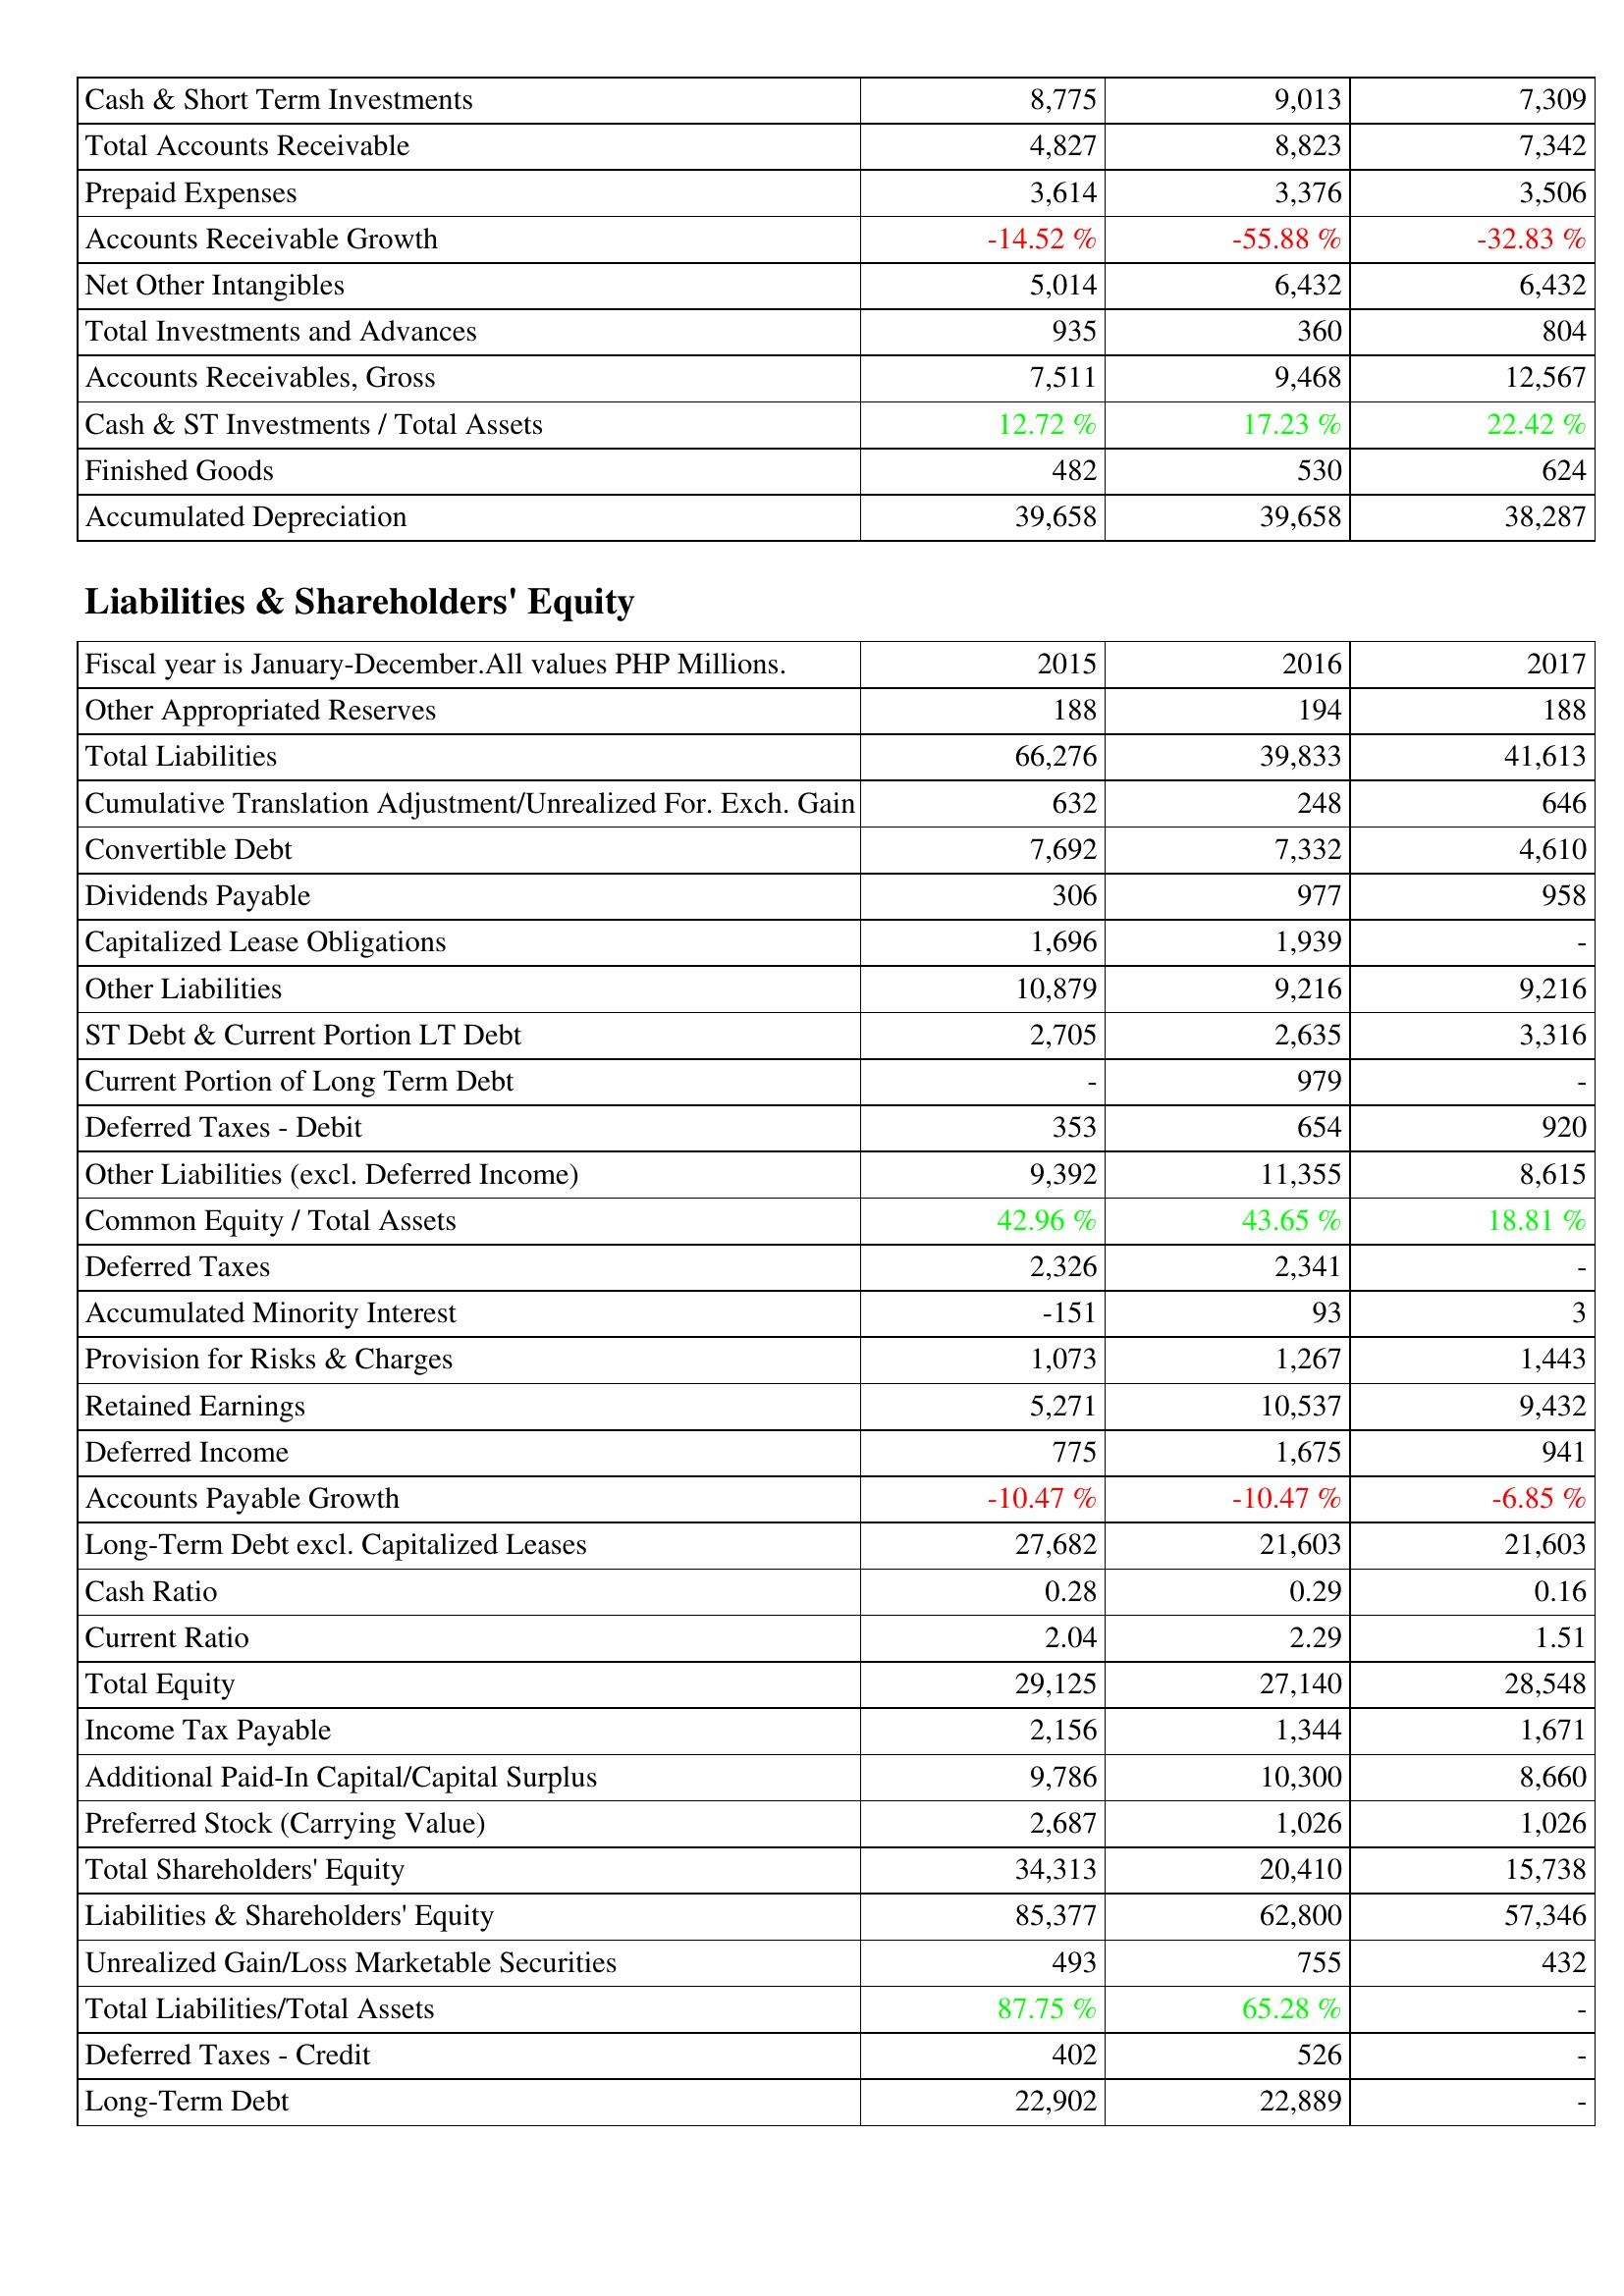
2015: Assets: Cash & Short Term Investments: 8,775
Total Accounts Receivable: 4,827
Prepaid Expenses: 3,614
Accounts Receivable Growth: -14.52 %
Net Other Intangibles: 5,014
Total Investments and Advances: 935
Accounts Receivables, Gross: 7,511
Cash & ST Investments / Total Assets: 12.72 %
Finished Goods: 482
Accumulated Depreciation: 39,658
Liabilities & Shareholders' Equity: Other Appropriated Reserves: 188
Total Liabilities: 66,276
Cumulative Translation Adjustment/Unrealized For. Exch. Gain: 632
Convertible Debt: 7,692
Dividends Payable: 306
Capitalized Lease Obligations: 1,696
Other Liabilities: 10,879
ST Debt & Current Portion LT Debt: 2,705
Current Portion of Long Term Debt: -
Deferred Taxes - Debit: 353
Other Liabilities (excl. Deferred Income): 9,392
Common Equity / Total Assets: 42.96 %
Deferred Taxes: 2,326
Accumulated Minority Interest: -151
Provision for Risks & Charges: 1,073
Retained Earnings: 5,271
Deferred Income: 775
Accounts Payable Growth: -10.47 %
Long-Term Debt excl. Capitalized Leases: 27,682
Cash Ratio: 0.28
Current Ratio: 2.04
Total Equity: 29,125
Income Tax Payable: 2,156
Additional Paid-In Capital/Capital Surplus: 9,786
Preferred Stock (Carrying Value): 2,687
Total Shareholders' Equity: 34,313
Liabilities & Shareholders' Equity: 85,377
Unrealized Gain/Loss Marketable Securities: 493
Total Liabilities/Total Assets: 87.75 %
Deferred Taxes - Credit: 402
Long-Term Debt: 22,902
2016: Assets: Cash & Short Term Investments: 9,013
Total Accounts Receivable: 8,823
Prepaid Expenses: 3,376
Accounts Receivable Growth: -55.88 %
Net Other Intangibles: 6,432
Total Investments and Advances: 360
Accounts Receivables, Gross: 9,468
Cash & ST Investments / Total Assets: 17.23 %
Finished Goods: 530
Accumulated Depreciation: 39,658
Liabilities & Shareholders' Equity: Other Appropriated Reserves: 194
Total Liabilities: 39,833
Cumulative Translation Adjustment/Unrealized For. Exch. Gain: 248
Convertible Debt: 7,332
Dividends Payable: 977
Capitalized Lease Obligations: 1,939
Other Liabilities: 9,216
ST Debt & Current Portion LT Debt: 2,635
Current Portion of Long Term Debt: 979
Deferred Taxes - Debit: 654
Other Liabilities (excl. Deferred Income): 11,355
Common Equity / Total Assets: 43.65 %
Deferred Taxes: 2,341
Accumulated Minority Interest: 93
Provision for Risks & Charges: 1,267
Retained Earnings: 10,537
Deferred Income: 1,675
Accounts Payable Growth: -10.47 %
Long-Term Debt excl. Capitalized Leases: 21,603
Cash Ratio: 0.29
Current Ratio: 2.29
Total Equity: 27,140
Income Tax Payable: 1,344
Additional Paid-In Capital/Capital Surplus: 10,300
Preferred Stock (Carrying Value): 1,026
Total Shareholders' Equity: 20,410
Liabilities & Shareholders' Equity: 62,800
Unrealized Gain/Loss Marketable Securities: 755
Total Liabilities/Total Assets: 65.28 %
Deferred Taxes - Credit: 526
Long-Term Debt: 22,889
2017: Assets: Cash & Short Term Investments: 7,309
Total Accounts Receivable: 7,342
Prepaid Expenses: 3,506
Accounts Receivable Growth: -32.83 %
Net Other Intangibles: 6,432
Total Investments and Advances: 804
Accounts Receivables, Gross: 12,567
Cash & ST Investments / Total Assets: 22.42 %
Finished Goods: 624
Accumulated Depreciation: 38,287
Liabilities & Shareholders' Equity: Other Appropriated Reserves: 188
Total Liabilities: 41,613
Cumulative Translation Adjustment/Unrealized For. Exch. Gain: 646
Convertible Debt: 4,610
Dividends Payable: 958
Capitalized Lease Obligations: -
Other Liabilities: 9,216
ST Debt & Current Portion LT Debt: 3,316
Current Portion of Long Term Debt: -
Deferred Taxes - Debit: 920
Other Liabilities (excl. Deferred Income): 8,615
Common Equity / Total Assets: 18.81 %
Deferred Taxes: -
Accumulated Minority Interest: 3
Provision for Risks & Charges: 1,443
Retained Earnings: 9,432
Deferred Income: 941
Accounts Payable Growth: -6.85 %
Long-Term Debt excl. Capitalized Leases: 21,603
Cash Ratio: 0.16
Current Ratio: 1.51
Total Equity: 28,548
Income Tax Payable: 1,671
Additional Paid-In Capital/Capital Surplus: 8,660
Preferred Stock (Carrying Value): 1,026
Total Shareholders' Equity: 15,738
Liabilities & Shareholders' Equity: 57,346
Unrealized Gain/Loss Marketable Securities: 432
Total Liabilities/Total Assets: -
Deferred Taxes - Credit: -
Long-Term Debt: -